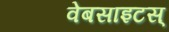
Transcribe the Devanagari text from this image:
वेबसाइटस्